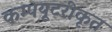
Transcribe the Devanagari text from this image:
कम्‍पयूटरीकृत